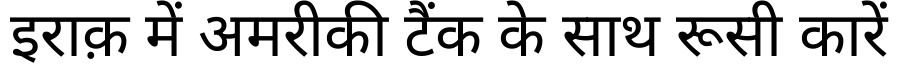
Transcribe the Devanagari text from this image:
इराक़ में अमरीकी टैंक के साथ रूसी कारें